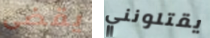
يقضى يقتلونني